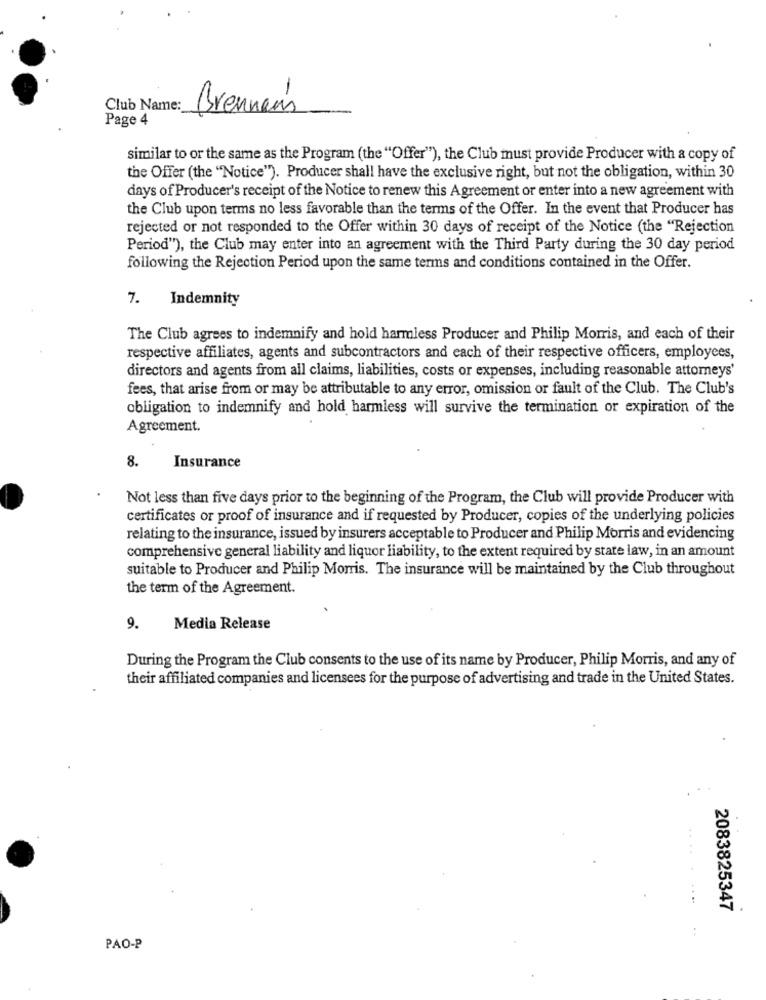
Club Name:
Brenner's
Page 4
similar to or the same as the Program (the "Offer"), the Club must provide Producer with a copy of
the Offer (the "Notice"). Producer shall have the exclusive right, but not the obligation, within 30
days of Producer's receipt of the Notice to renew this Agreement or enter into a new agreement with
the Club upon terms no less favorable than the terms of the Offer. In the event that Producer has
rejected or not responded to the Offer within 30 days of receipt of the Notice (the "Rejection
Period"), the Club may enter into an agreement with the Third Party during the 30 day period
following the Rejection Period upon the same terms and conditions contained in the Offer.
7. Indemnity
The Club agrees to indemnify and hold harmless Producer and Philip Morris, and each of their
respective affiliates, agents and subcontractors and each of their respective officers, employees,
directors and agents from all claims, liabilities, costs or expenses, including reasonable attorneys'
fees, that arise from or may be attributable to any error, omission or fault of the Club. The Club's
obligation to indemnify and hold harmless will survive the termination or expiration of the
Agreement.
8.
Insurance
Not less than five days prior to the beginning of the Program, the Club will provide Producer with
certificates or proof of insurance and if requested by Producer, copies of the underlying policies
relating to the insurance, issued by insurers acceptable to Producer and Philip Morris and evidencing
comprehensive general liability and liquor liability, to the extent required by state law, in an amount
suitable to Producer and Philip Morris. The insurance will be maintained by the Club throughout
the term of the Agreement.
9.
Media Release
During the Program the Club consents to the use of its name by Producer, Philip Morris, and any of
their affiliated companies and licensees for the purpose of advertising and trade in the United States.
2083825347
.+
PAO-P